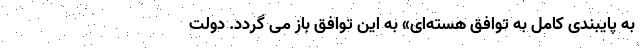
به پایبندی کامل به توافق هسته‌ای» به این توافق باز می گردد. دولت